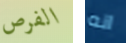
الفرص انه